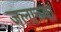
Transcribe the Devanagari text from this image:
जलाच्या